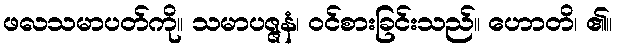
ဖလသမာပတ်ကို။ သမာပဇ္ဇနံ၊ ဝင်စားခြင်းသည်။ ဟောတိ၊ ၏။